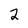
Character: 2